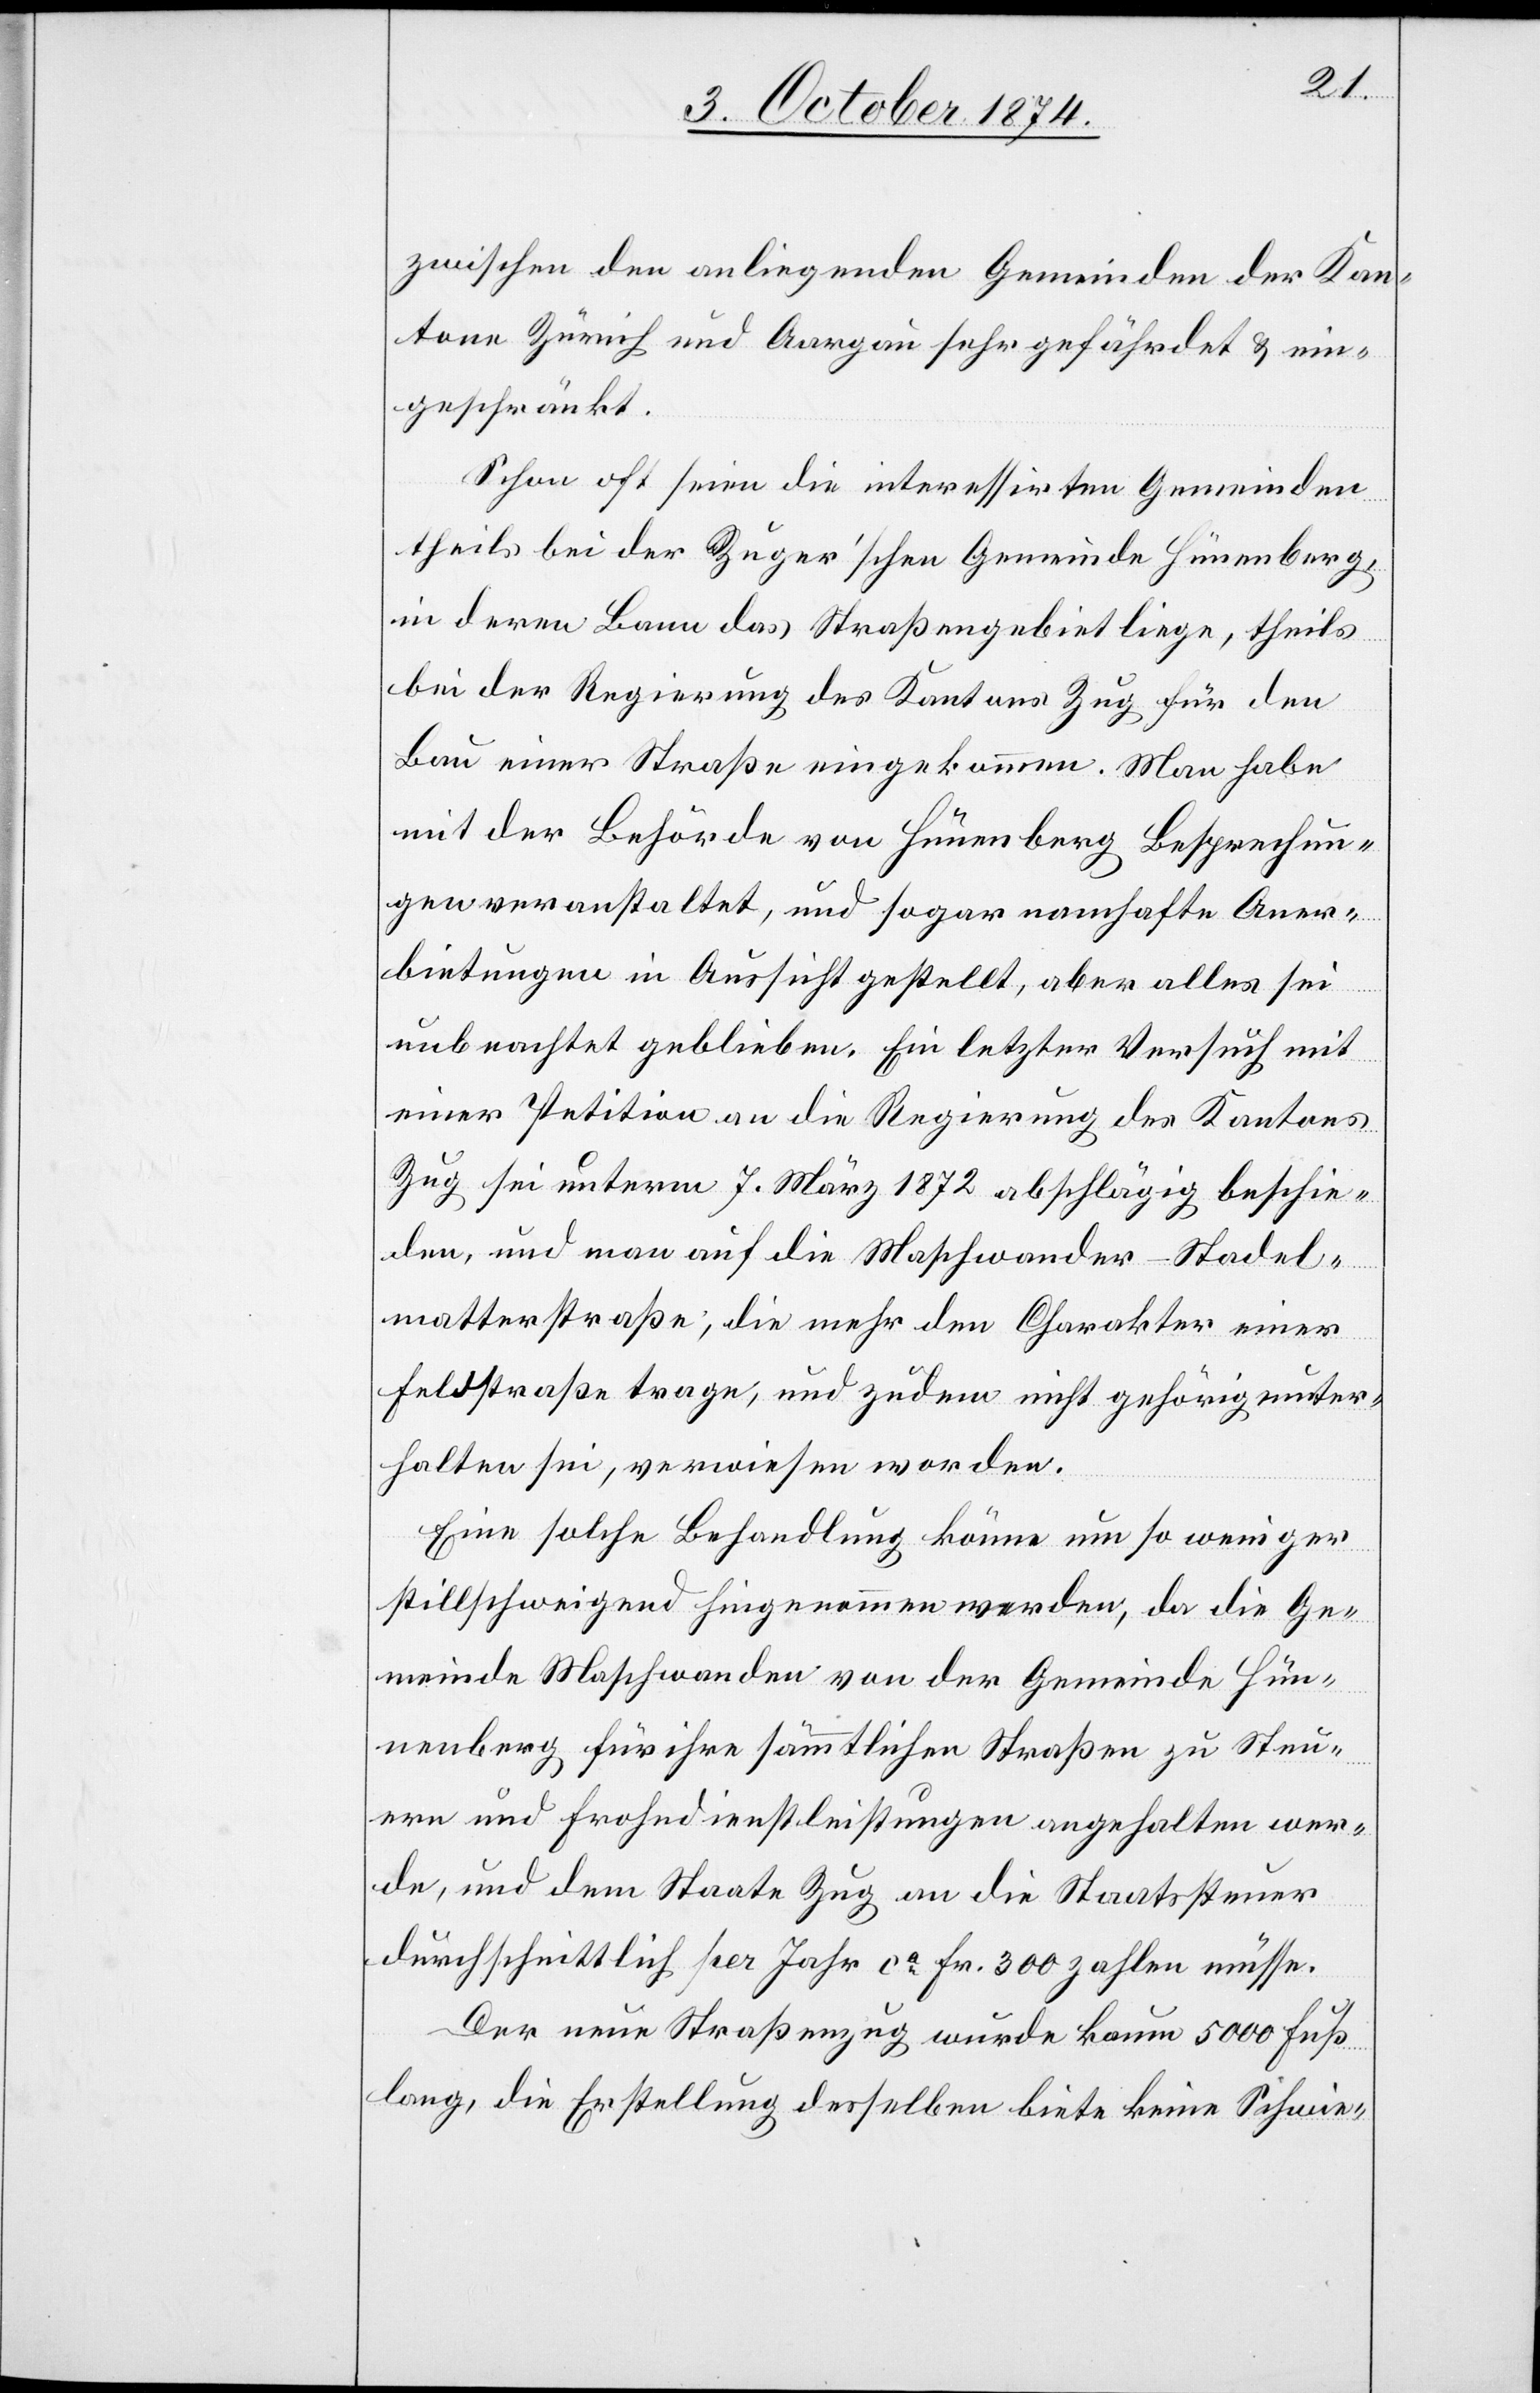
zwischen den anliegenden Gemeinden der Kan¬
tone Zürich und Aargau sehr gefährdet & ein¬
geschränkt.
Schon oft seien die interessirten Gemeinden
theils bei der Zuger’schen Gemeinde Hünenberg,
in deren Bann das Straßengebiet liege, theils
bei der Regierung des Kantons Zug für den
Bau einer Straße eingekommen. Man habe
mit der Behörde von Hünenberg Besprechun¬
gen veranstaltet, und sogar namhafte Aner¬
bietungen in Aussicht gestellt, aber alles sei
unbeachtet geblieben. Ein letzter Versuch mit
einer Petition an die Regierung des Kantons
Zug sei unterm 7. März 1872 abschlägig beschie¬
den, und man auf die Maschwander-Stadel¬
matterstraße, die mehr den Charakter einer
Feldstraße trage, und zudem nicht gehörig unter¬
halten sei, verwiesen worden.
Eine solche Behandlung könne um so weniger
stillschweigend hingenommen werden, da die Ge¬
meinde Maschwanden von der Gemeinde Hü¬
nenberg für ihre sämmtlichen Straßen zu Steu¬
ern und Frohndienstleistungen angehalten wer¬
de, und dem Staate Zug an die Staatssteuer
durchschnittlich per Jahr ca Fr. 300 zahlen müsse.
Der neue Straßenzug wurde kaum 5000 Fuß
lang, die Erstellung desselben biete keine Schwie-